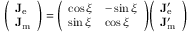
{ \left( \begin{array} { l } { \mathbf { J } _ { \mathrm { e } } } \\ { \mathbf { J } _ { \mathrm { m } } } \end{array} \right) } = { \left( \begin{array} { l l } { \cos \xi } & { - \sin \xi } \\ { \sin \xi } & { \cos \xi } \end{array} \right) } { \left( \begin{array} { l } { \mathbf { J } _ { \mathrm { e } } ^ { \prime } } \\ { \mathbf { J } _ { \mathrm { m } } ^ { \prime } } \end{array} \right) }